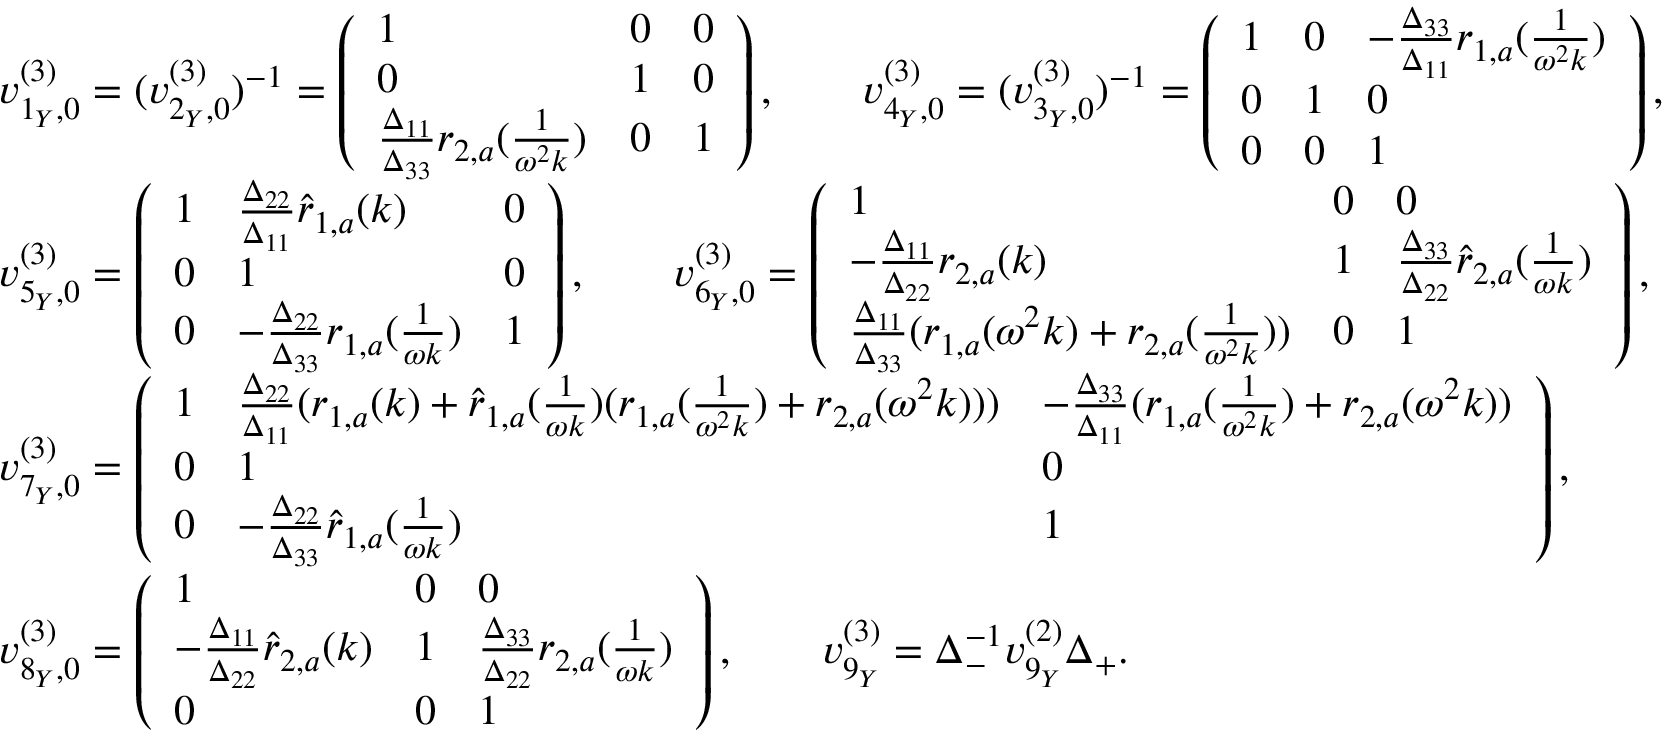
\begin{array} { r l } & { v _ { 1 _ { Y } , 0 } ^ { ( 3 ) } = ( v _ { 2 _ { Y } , 0 } ^ { ( 3 ) } ) ^ { - 1 } = \left( \begin{array} { l l l } { 1 } & { 0 } & { 0 } \\ { 0 } & { 1 } & { 0 } \\ { \frac { \Delta _ { 1 1 } } { \Delta _ { 3 3 } } r _ { 2 , a } ( \frac { 1 } { \omega ^ { 2 } k } ) } & { 0 } & { 1 } \end{array} \right) , \qquad v _ { 4 _ { Y } , 0 } ^ { ( 3 ) } = ( v _ { 3 _ { Y } , 0 } ^ { ( 3 ) } ) ^ { - 1 } = \left( \begin{array} { l l l } { 1 } & { 0 } & { - \frac { \Delta _ { 3 3 } } { \Delta _ { 1 1 } } r _ { 1 , a } ( \frac { 1 } { \omega ^ { 2 } k } ) } \\ { 0 } & { 1 } & { 0 } \\ { 0 } & { 0 } & { 1 } \end{array} \right) , } \\ & { v _ { 5 _ { Y } , 0 } ^ { ( 3 ) } = \left( \begin{array} { l l l } { 1 } & { \frac { \Delta _ { 2 2 } } { \Delta _ { 1 1 } } \hat { r } _ { 1 , a } ( k ) } & { 0 } \\ { 0 } & { 1 } & { 0 } \\ { 0 } & { - \frac { \Delta _ { 2 2 } } { \Delta _ { 3 3 } } r _ { 1 , a } ( \frac { 1 } { \omega k } ) } & { 1 } \end{array} \right) , \qquad v _ { 6 _ { Y } , 0 } ^ { ( 3 ) } = \left( \begin{array} { l l l } { 1 } & { 0 } & { 0 } \\ { - \frac { \Delta _ { 1 1 } } { \Delta _ { 2 2 } } r _ { 2 , a } ( k ) } & { 1 } & { \frac { \Delta _ { 3 3 } } { \Delta _ { 2 2 } } \hat { r } _ { 2 , a } ( \frac { 1 } { \omega k } ) } \\ { \frac { \Delta _ { 1 1 } } { \Delta _ { 3 3 } } ( r _ { 1 , a } ( \omega ^ { 2 } k ) + r _ { 2 , a } ( \frac { 1 } { \omega ^ { 2 } k } ) ) } & { 0 } & { 1 } \end{array} \right) , } \\ & { v _ { 7 _ { Y } , 0 } ^ { ( 3 ) } = \left( \begin{array} { l l l } { 1 } & { \frac { \Delta _ { 2 2 } } { \Delta _ { 1 1 } } ( r _ { 1 , a } ( k ) + \hat { r } _ { 1 , a } ( \frac { 1 } { \omega k } ) ( r _ { 1 , a } ( \frac { 1 } { \omega ^ { 2 } k } ) + r _ { 2 , a } ( \omega ^ { 2 } k ) ) ) } & { - \frac { \Delta _ { 3 3 } } { \Delta _ { 1 1 } } ( r _ { 1 , a } ( \frac { 1 } { \omega ^ { 2 } k } ) + r _ { 2 , a } ( \omega ^ { 2 } k ) ) } \\ { 0 } & { 1 } & { 0 } \\ { 0 } & { - \frac { \Delta _ { 2 2 } } { \Delta _ { 3 3 } } \hat { r } _ { 1 , a } ( \frac { 1 } { \omega k } ) } & { 1 } \end{array} \right) , } \\ & { v _ { 8 _ { Y } , 0 } ^ { ( 3 ) } = \left( \begin{array} { l l l } { 1 } & { 0 } & { 0 } \\ { - \frac { \Delta _ { 1 1 } } { \Delta _ { 2 2 } } \hat { r } _ { 2 , a } ( k ) } & { 1 } & { \frac { \Delta _ { 3 3 } } { \Delta _ { 2 2 } } r _ { 2 , a } ( \frac { 1 } { \omega k } ) } \\ { 0 } & { 0 } & { 1 } \end{array} \right) , \qquad v _ { 9 _ { Y } } ^ { ( 3 ) } = \Delta _ { - } ^ { - 1 } v _ { 9 _ { Y } } ^ { ( 2 ) } \Delta _ { + } . } \end{array}